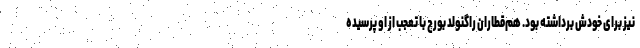
نیز برای خودش برداشته بود. هم‌قطاران راگنولد بورچ با تعجب از او پرسیده